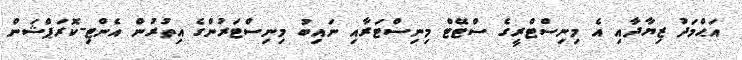
އަޙްމަދު ޒިޔާދާއި އެ މިނިސްޓްރީގެ ސްޓޭޓް މިނިސްޓަރާއި ނައިބު މިނިސްޓަރުންގެ އިތުރުން އެންޓި-ކޮރަޕްޝަން